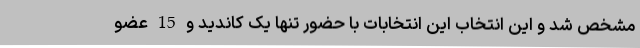
مشخص شد و این انتخاب این انتخابات با حضور تنها یک کاندید و 15 عضو